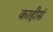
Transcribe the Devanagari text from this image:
काहीसं